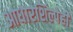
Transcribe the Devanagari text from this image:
आधारशिल्पेही